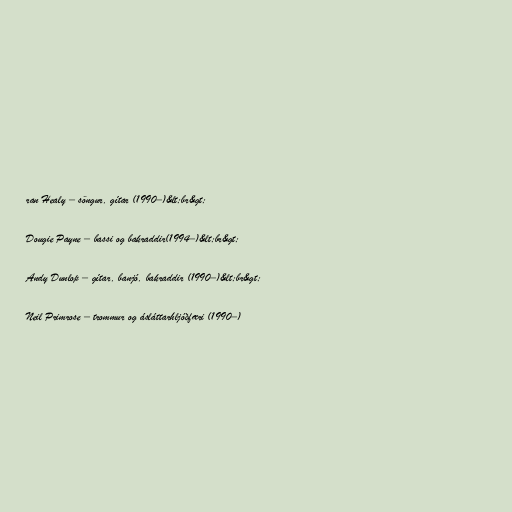
ran Healy – söngur, gítar (1990–)&lt;br&gt;

Dougie Payne – bassi og bakraddir(1994–)&lt;br&gt;

Andy Dunlop – gítar, banjó, bakraddir (1990–)&lt;br&gt;

Neil Primrose – trommur og ásláttarhljóðfæri (1990–)